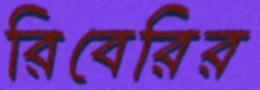
রিবেরির